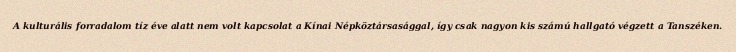
A kulturális forradalom tíz éve alatt nem volt kapcsolat a Kínai Népköztársasággal, így csak nagyon kis számú hallgató végzett a Tanszéken.